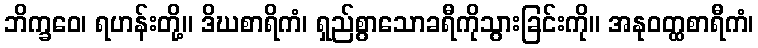
ဘိက္ခဝေ၊ ရဟန်းတို့။ ဒိဃစာရိကံ၊ ရှည်စွာသောခရီကိုသွားခြင်းကို။ အနုဝတ္ထစာရီကံ၊